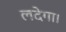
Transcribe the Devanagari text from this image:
लदेगा।